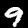
Digit: 9